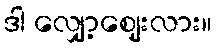
ဒါ လျှော့ဈေးလား။